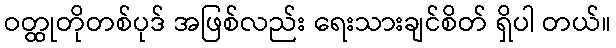
ဝတ္ထုတိုတစ်ပုဒ် အဖြစ်လည်း ရေးသားချင်စိတ် ရှိပါ တယ်။